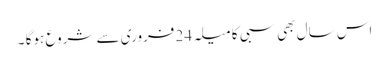
اس سال بھی سبی کا میلہ 24 فروری سے شروع ہوگا ۔